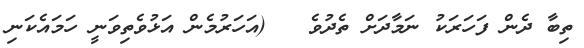
ތިބާ ދެން ފަހަރަކު ނަމާދަށް ތެދުވެ   (އަހަރުމެން އަޅުވެތިވަނީ ހަމައެކަނި